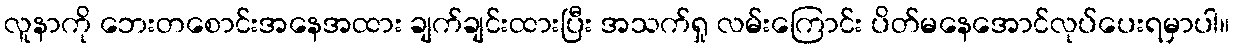
လူနာကို ဘေးတစောင်းအနေအထား ချက်ချင်းထားပြီး အသက်ရှု လမ်းကြောင်း ပိတ်မနေအောင်လုပ်ပေးရမှာပါ။